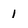
Character: 1